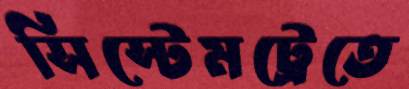
সিস্টেমট্রেতে